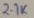
Text: 2.7K